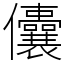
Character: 儾